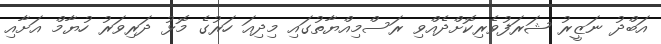
އަބްދު ނަޒީރު ޝަރަފުވެރިކޮށްދެއްވި ރަސްމިއްޔާތުގައި މިދިއަ ހަރުގެ މޮޅު ދަރިވަރު ހުޔާމް އަށާއި